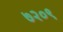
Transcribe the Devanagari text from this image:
७२०९